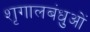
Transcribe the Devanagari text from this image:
शृगालबंधुओं